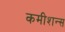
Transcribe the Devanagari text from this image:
कमीशन्स